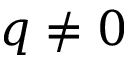
q \ne 0